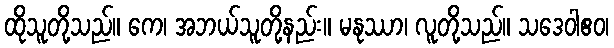
ထိုသူတို့သည်။ ကေ၊ အဘယ်သူတို့နည်း။ မနုဿာ၊ လူတို့သည်။ သဒေဝါဧဝ၊